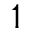
^ 1